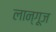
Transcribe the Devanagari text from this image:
लान्गूज